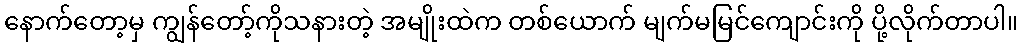
နောက်တော့မှ ကျွန်တော့်ကိုသနားတဲ့ အမျိုးထဲက တစ်ယောက် မျက်မမြင်ကျောင်းကို ပို့လိုက်တာပါ။